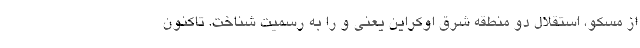
از مسکو، استقلال دو منطقه شرق اوکراین یعنی و را به رسمیت شناخت. تاکنون